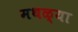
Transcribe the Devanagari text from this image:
मथळ्या